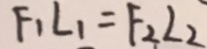
F _ { 1 } L _ { 1 } = F _ { 2 } L _ { 2 }